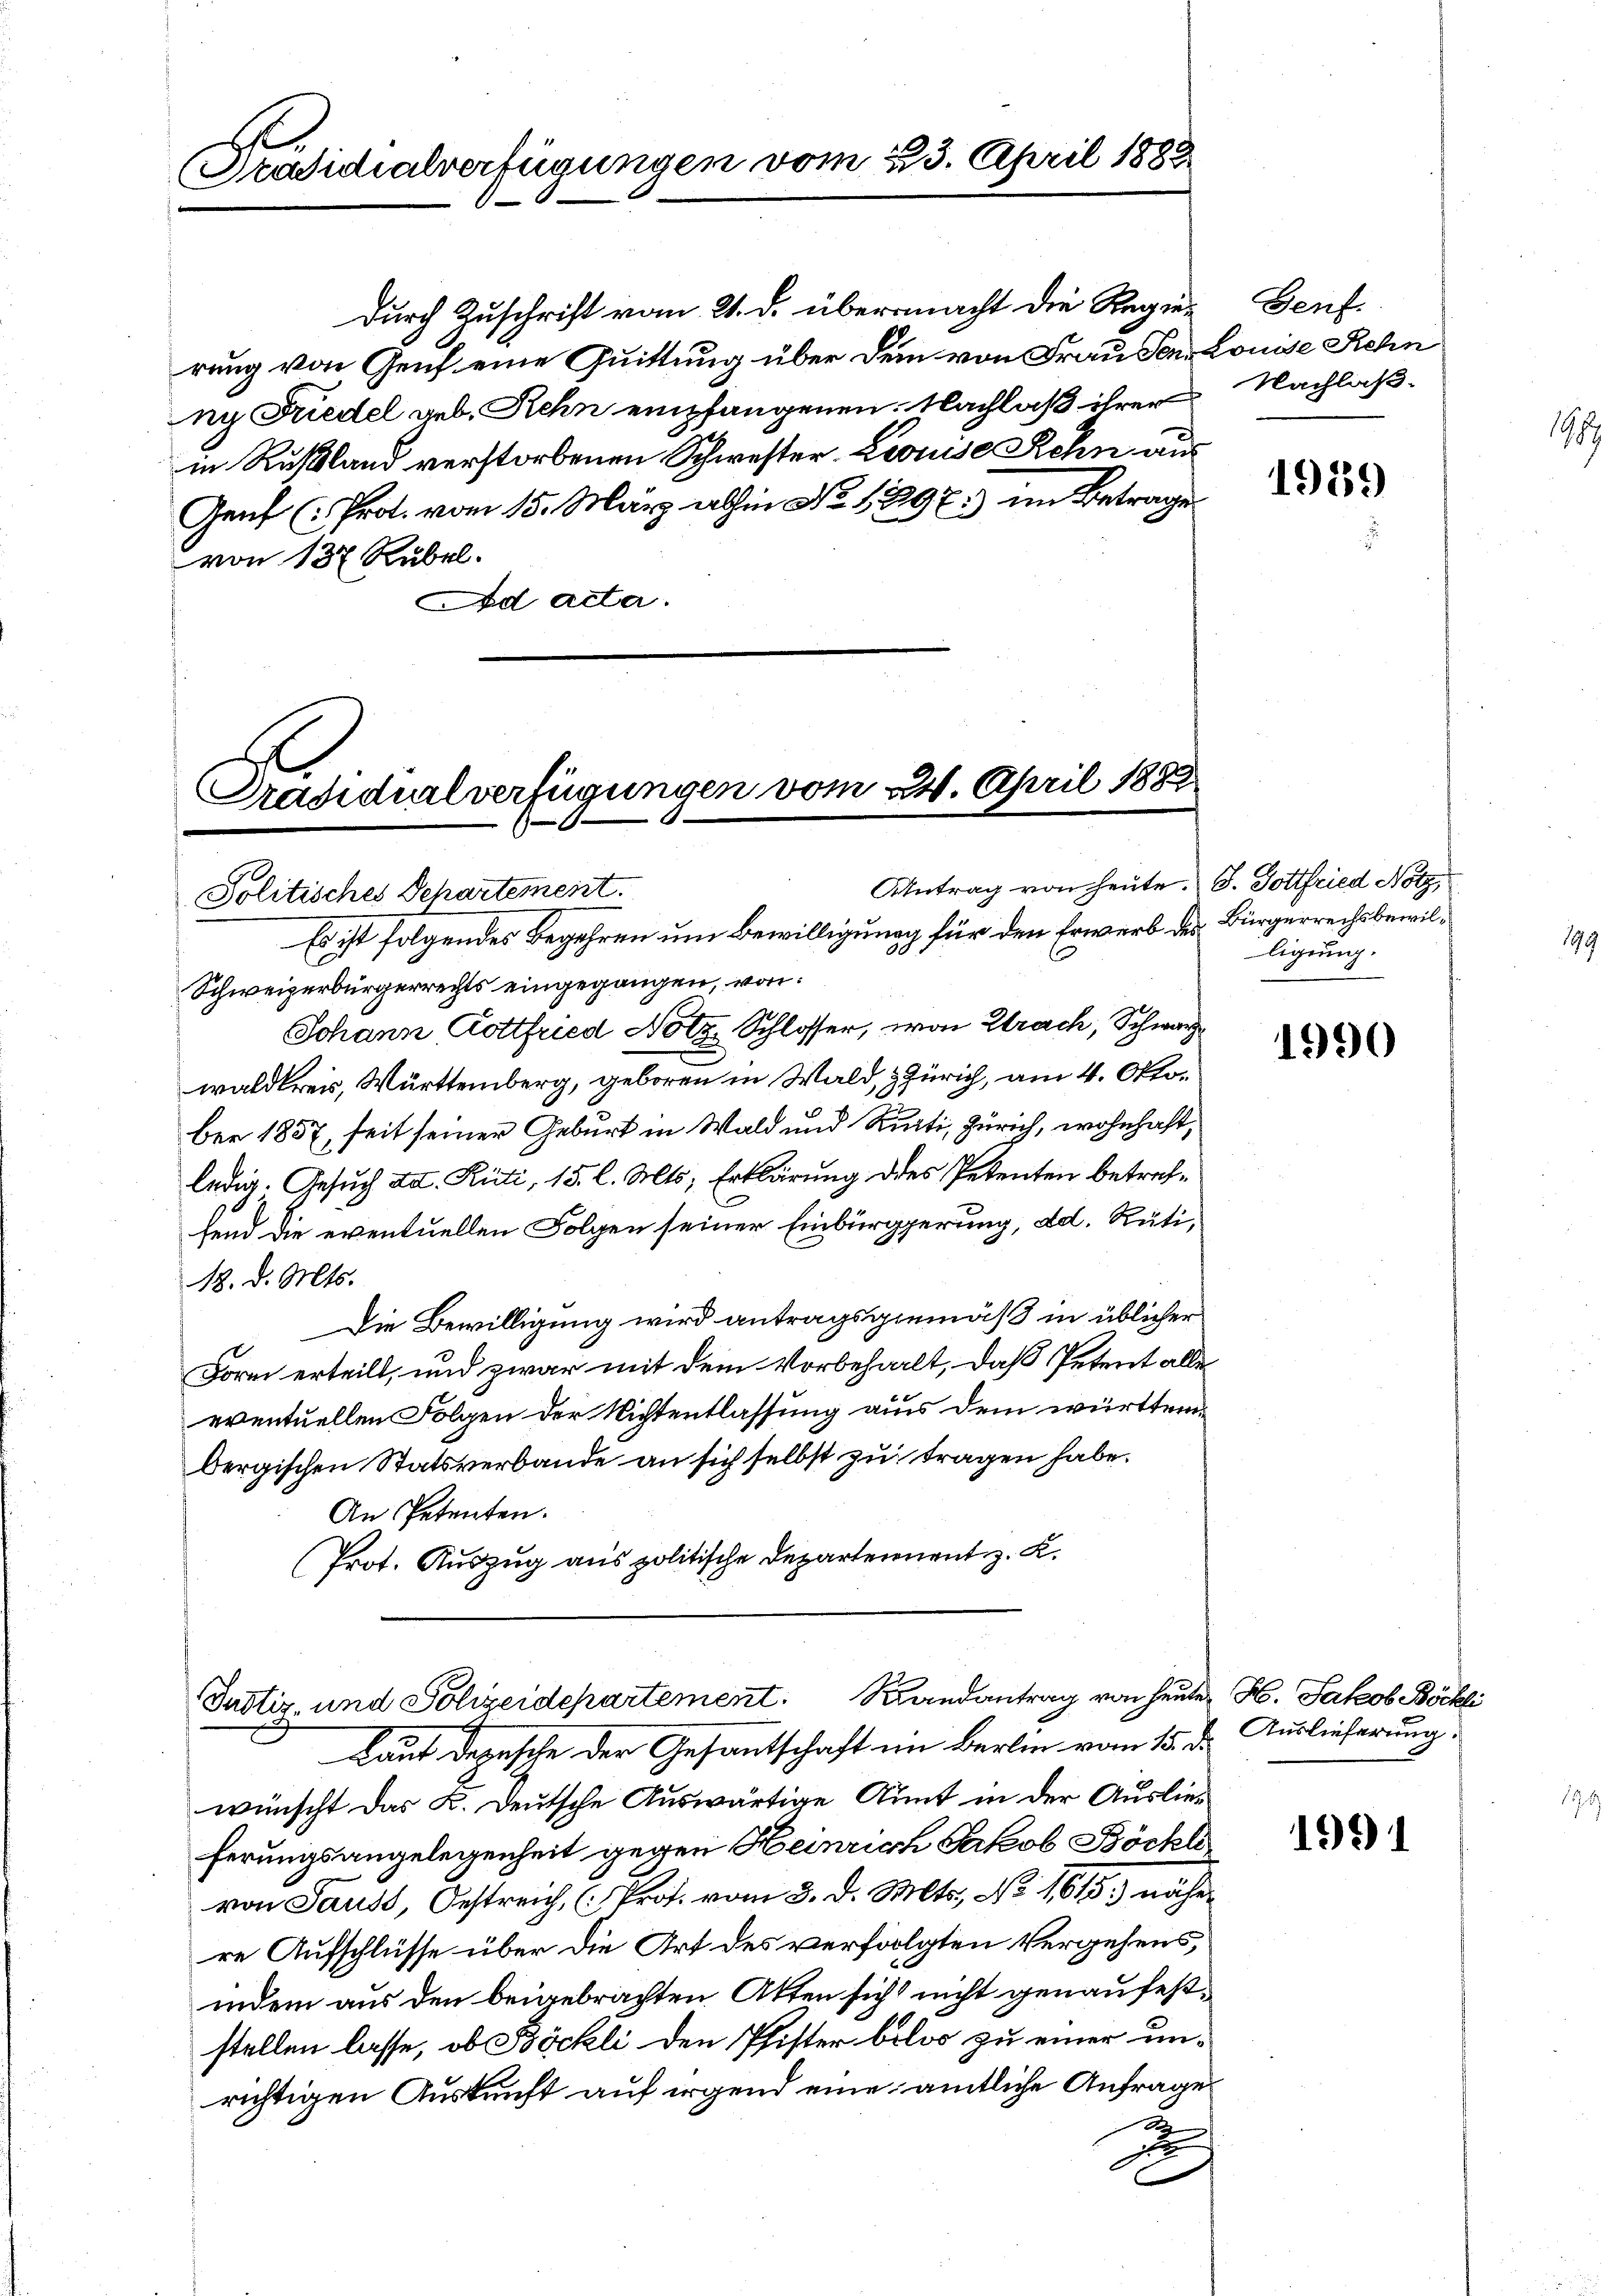
Präsidialverfügungen vom 23. April 1883

durch Zuschrift vom 21. d. übermacht die Regier Genf.
rung von Genf eine Quittung über dem von Frau Ven. Louise Rehn
ny Friedel geb. Rehn empfangenen Nachlaß ihrer Nachlaßin Rußland verstorbenen Schwester Louise Rehn aus
Genf (: Prot. vom 15. März abhin No 1297) im Betrage
von 137 Rubel.
Ad acta.

Präsidialverfügungen vom 24. April 188
Antrag von heute. S. Gottfried Notz,
Politisches Departement.

Es ist folgendes Begehren um Bewilligung für den Erwerb des Bürgerrechtsbewil¬
Schweizerbürgerrechts eingegangen, von:
Johann, Gottfried Notz Schlosser, von Strach, Schwarz
waldkreis, Württemberg, geboren in Wald, Zürich, am 4. Oktober 1857, seit seiner Geburt in Wald und Rüti, Zürich, wohnhaft,
ledig. Gesuch ad. Rüti, 15. l. Mts. Erklärung des Petenten betreffend die eventuellen Folgen seiner Einbürggerung, ad. Rüti,
18. d. Mts.
Die Bewilligung wird antragsgemäß in üblicher
Form erteilt, und zwar mit dem Vorbehalt, daß Petent alle
eventuellen Folgen der Nichtentlassung aus dem württembergischen Statsverbande an sich selbst zu tragen habe.
An Petenten.
Prot. Auszug aus politische Departement z. K.

Justiz- und Polizeidepartement. Randantrag von heute H. Jakob Böckli
 Laut Depesche der Gesandtschaft im Berlin vom 15. d. Auslieferung.

wünscht das K. Deutsche Auswärtige Annt in der Auslieferungsangelegenheit gegen Heinrich Jakob Böckli
von Sause, Oestreich, (Prof. vom 3. d. Mts., No 1615) näher
re Aufschlüsse über die Art des verfolgten Vergehens,
indem aus den beigebrachten Atten sich nicht genau feststellen lasse, ob Böckli den Pfister belos zu einer unrichtigen Auskunft auf irgend eine amtliche Anfrage
a
d

1959

ligung.

1990

1991